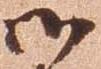
御